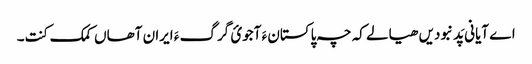
اے آیانی پَد نبودیں ھیالے کہ چہ پاکستان ءَ آجوئ گرگ ءَ ایران آھاں کمک کنت۔